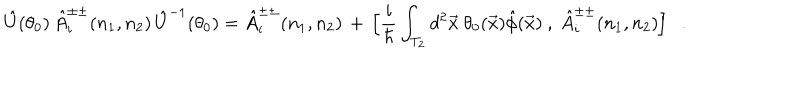
LaTeX: \hat { U } ( \theta _ { 0 } ) \, \hat { A } _ { i } ^ { \pm \pm } ( n _ { 1 } , n _ { 2 } ) \, \hat { U } ^ { - 1 } ( \theta _ { 0 } ) = \hat { A } _ { i } ^ { \pm \pm } ( n _ { 1 } , n _ { 2 } ) \, + \, \Big [ \frac { i } { \hbar } \int _ { T _ { 2 } } d ^ { 2 } \vec { x } \ \theta _ { 0 } ( \vec { x } ) \hat { \phi } ( \vec { x } ) \ , \ \hat { A } _ { i } ^ { \pm \pm } ( n _ { 1 } , n _ { 2 } ) \Big ] \ \ \ .